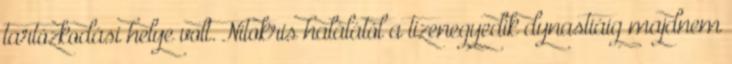
tartózkodási helye volt. Nitokris halálától a tizenegyedik dynastiáig majdnem